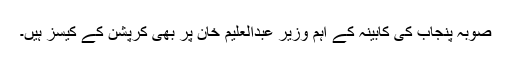
صوبہ پنجاب کی کابینہ کے اہم وزیر عبدالعلیم خان پر بھی کرپشن کے کیسز ہیں۔